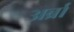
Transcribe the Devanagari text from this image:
अर्ब्रा